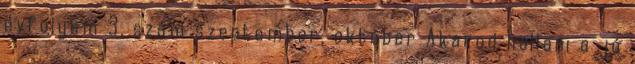
évfolyam 3. szám szeptember, október Akarod hallani a jó